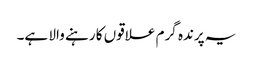
یہ پرندہ گرم علاقوں کا رہنے والا ہے۔